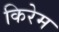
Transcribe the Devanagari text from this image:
किरेम